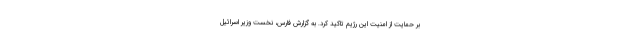
بر حمایت از امنیت این رژیم تاکید کرد. به گزارش فارس، نخست وزیر اسرائیل